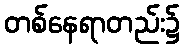
တစ်နေရာတည်း၌